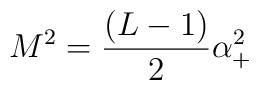
M^2=\frac{(L-1)}2\alpha _{+}^2